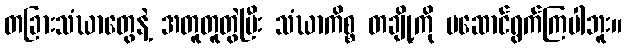
တခြားသံဃာတွေနဲ့ အတူတူတွဲပြီး သံဃာကိစ္စ တချို့ကို မဆောင်ရွက်ကြပါဘူး။